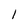
Character: 1